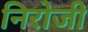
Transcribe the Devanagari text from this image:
निरोजी